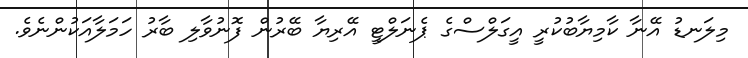
މިލަނޑު އޭނާ ކާމިޔާބުކުރީ އީގަލްސްގެ ޕެނަލްޓީ އޭރިޔާ ބޭރުން ފޮނުވާލި ބާރު ހަމަލާއަކުންނެވެ.